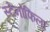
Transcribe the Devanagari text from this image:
स्टेनोफिला